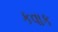
કવાક